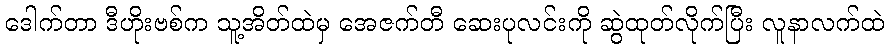
ဒေါက်တာ ဒီဟိုးဗစ်က သူ့အိတ်ထဲမှ အေဇက်တီ ဆေးပုလင်းကို ဆွဲထုတ်လိုက်ပြီး လူနာလက်ထဲ